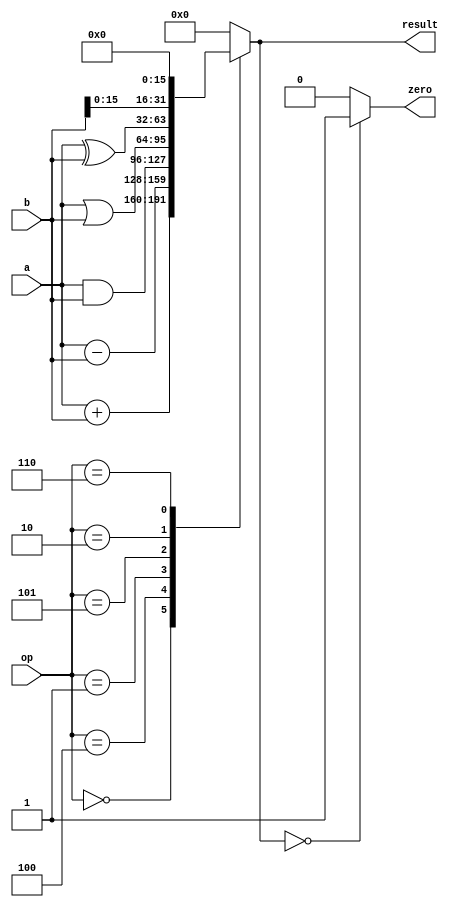
`timescale 1ns / 1ps
//////////////////////////////////////////////////////////////////////////////////
// Company: 
// Engineer: 
// 
// Design Name: 
// Module Name:    ALU 
// Project Name: 
// Target Devices: 
// Tool versions: 
// Description: 
//
// Dependencies: 
//
// Revision: 
// Revision 0.01 - File Created
// Additional Comments: 
//
//////////////////////////////////////////////////////////////////////////////////
module ALU(
		input [31:0] a,
		input [31:0] b,
		input [2:0] op,
		output reg [31:0] result,
		output reg zero
    );
	 
    always @(a or b or op)
    begin
        case(op)
        3'b000: result = a + b;
        3'b100: result = a - b;
		3'b001: result = a & b;
		3'b101: result = a | b;
		3'b010: result = a ^ b;
		3'b110: result = {b,16'b0000_0000_0000_0000};
		default : result = 0;
        endcase
		  
		  if(result==0) zero = 1;
		  else zero = 0;
     end 



endmodule